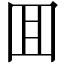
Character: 囬